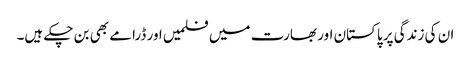
ان کی زندگی پر پاکستان اور بھارت میں فلمیں اور ڈرامے بھی بن چکے ہیں۔